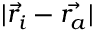
| \vec { r } _ { i } - \vec { r _ { a } } |